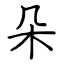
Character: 朵